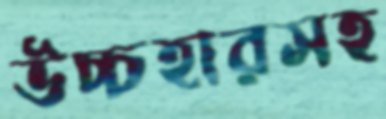
উচ্চহারসহ